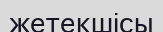
жетекшісы